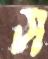
স